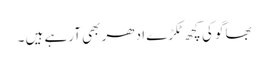
بھاگو کی کچھ ٹکڑے ادھر بھی آرہے ہیں ۔